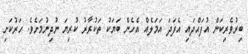
ބިރުވެރިކަން އުފައްދައި އެފަދަ އަމަލެއް އެހެން ބަޔަކު ތަކުރާރު ކުރިޔަ ނުދިނުމަށެވެ. ހަރުކަށި